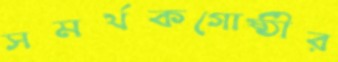
সমর্থকগোষ্ঠীর